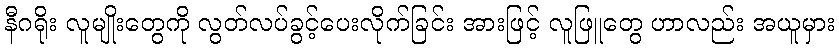
နီဂရိုး လူမျိုးတွေကို လွတ်လပ်ခွင့်ပေးလိုက်ခြင်း အားဖြင့် လူဖြူတွေ ဟာလည်း အယူမှား